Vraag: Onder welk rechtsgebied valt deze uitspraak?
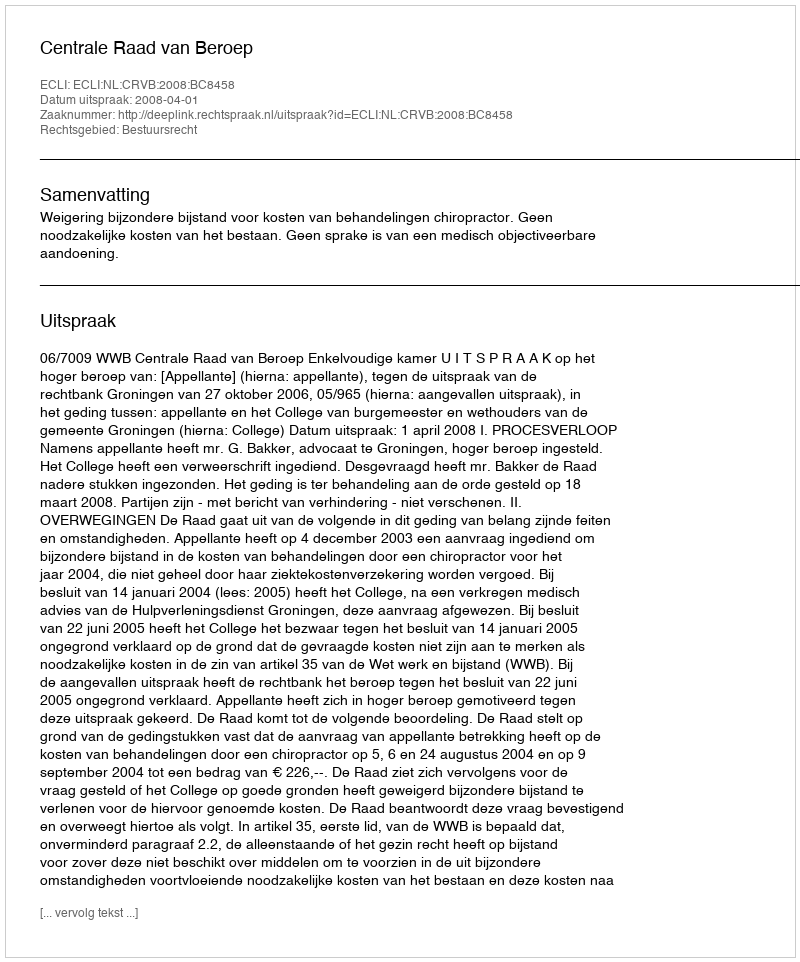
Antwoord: Bestuursrecht